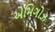
એમિગોઝ